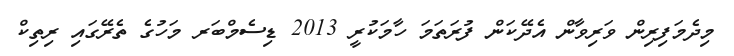
މިދެމަފިރިން ވަރިވާން އެދޭކަން ފުރަތަމަ ހާމަކުރީ 2013 ޑިސެމްބަރ މަހުގެ ތެރޭގައި ރިތިކް